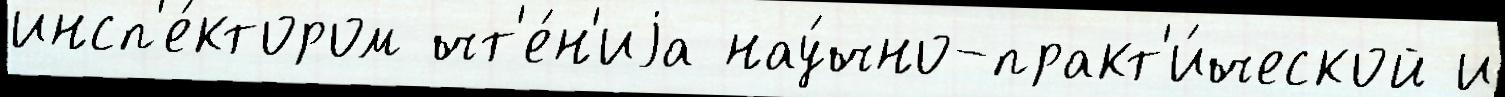
инсп'е́ктором чт'е́н'иjа нау́чно-практ'и́ческой и